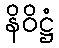
နိဝိဋ္ဌံ